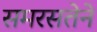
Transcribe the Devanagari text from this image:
समरसतेने